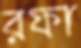
রফা